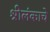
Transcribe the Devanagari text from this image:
श्रीलंकाचे